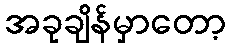
အခုချိန်မှာတော့